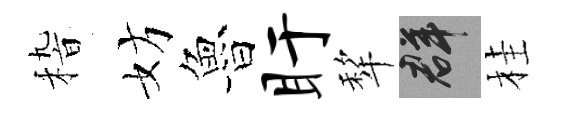
𥟵妨魯盱犂群桂